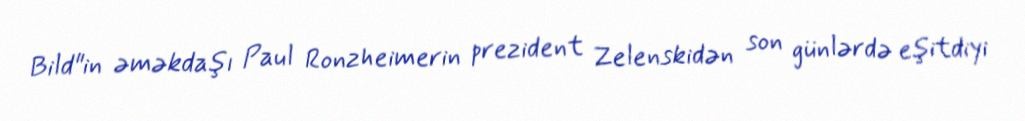
Bild"in əməkdaşı Paul Ronzheimerin prezident Zelenskidən son günlərdə eşitdiyi